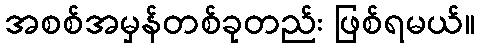
အစစ်အမှန်တစ်ခုတည်း ဖြစ်ရမယ်။